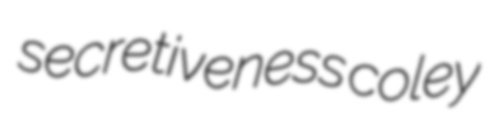
secretiveness coley